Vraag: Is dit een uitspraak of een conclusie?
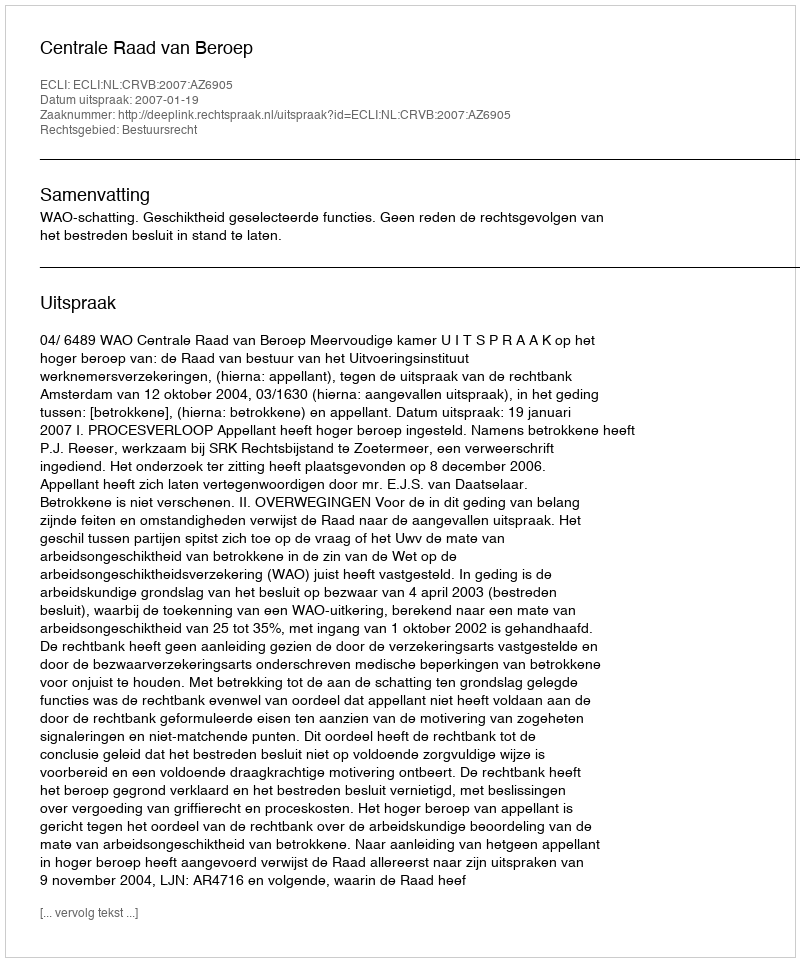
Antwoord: Uitspraak